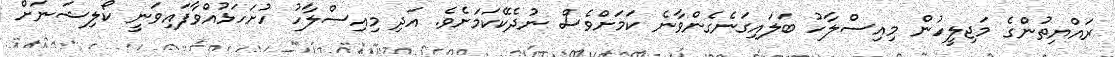
ރައްޔިތުންގެ މަޖިލީހުން މިއިސްލާހު ބަލައިގަނެގެންވާނެ ކަމަށްވެސް ނުދެކޭކަމަށެވެ. އަދި މިއިސްލާހު ހުށަހަޅުއްވާފައިވަނީ ކޯލިޝަނަށް